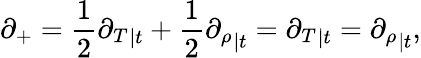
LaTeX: \partial_{+}=\frac{1}{2}{\partial_{T}}_{|t}+\frac{1}{2}{\partial_{\rho}}_{|t}={\partial_{T}}_{|t}={\partial_{\rho}}_{|t},